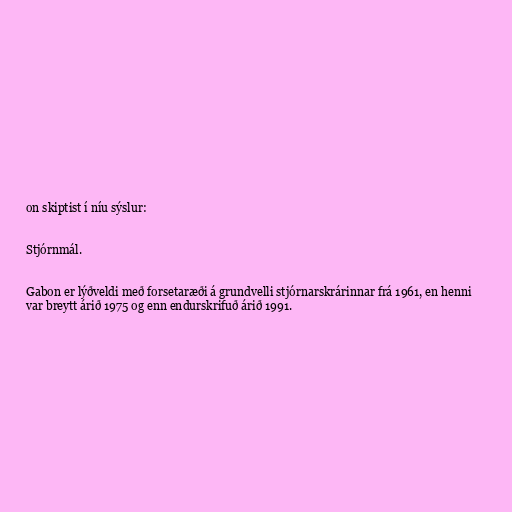
on skiptist í níu sýslur:

Stjórnmál.

Gabon er lýðveldi með forsetaræði á grundvelli stjórnarskrárinnar frá 1961, en henni
var breytt árið 1975 og enn endurskrifuð árið 1991.